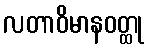
လတာဝိမာနဝတ္ထု